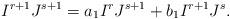
LaTeX: \begin{align*} I^{r+1}J^{s+1}=a_1 I^r J^{s+1} + b_1 I^{r+1} J^s. \end{align*}